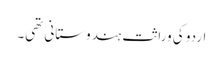
اردو کی وراثت ہندوستانی تھی۔